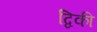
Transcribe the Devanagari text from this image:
द्विकी